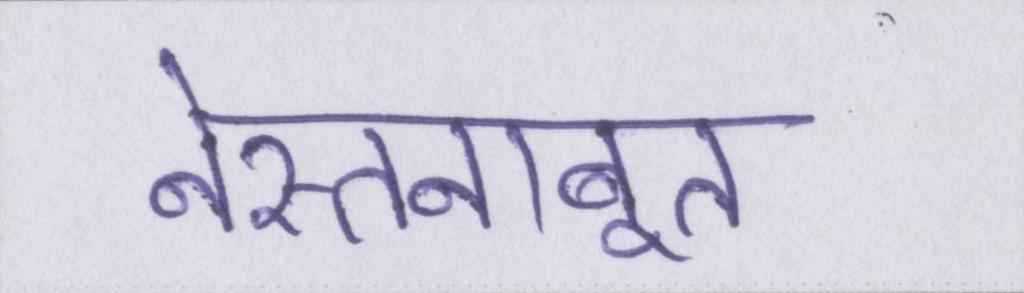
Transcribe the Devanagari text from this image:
नेस्तनाबूत